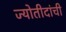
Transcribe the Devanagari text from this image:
ज्योतीदांची